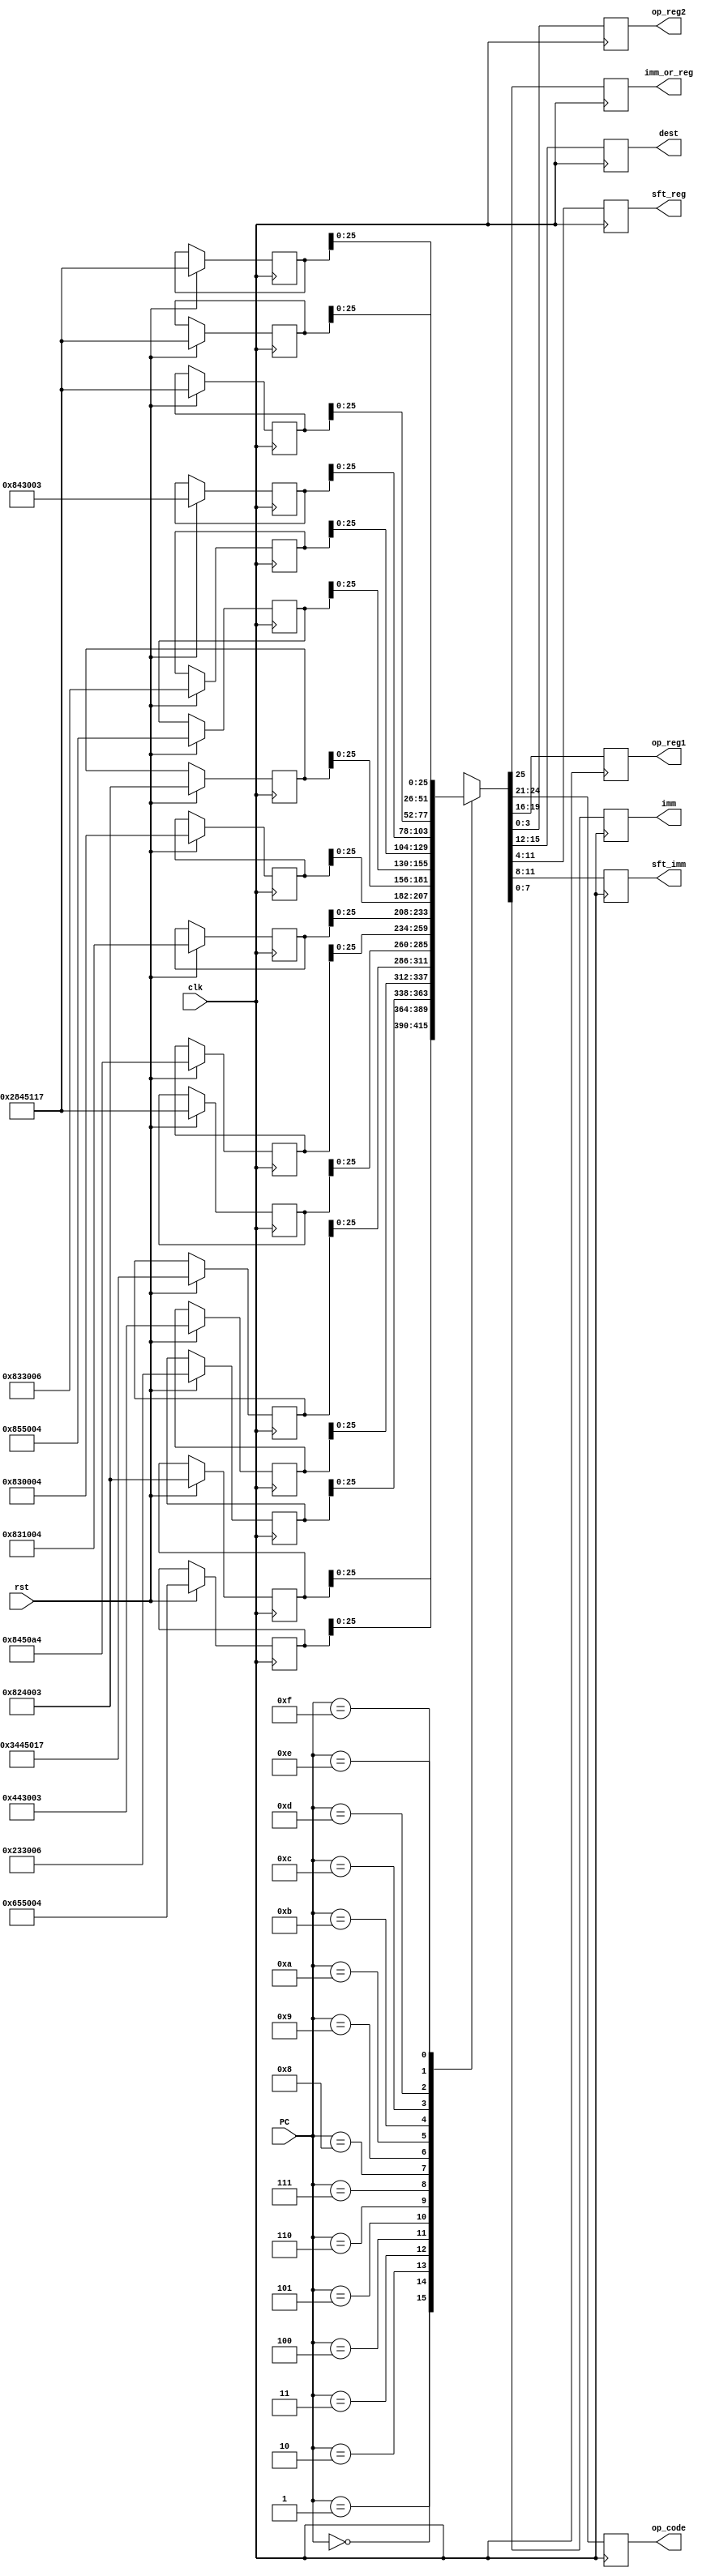
`timescale 1ns / 1ps
//////////////////////////////////////////////////////////////////////////////////
// Company: 
// Engineer: 
// 
// Design Name: 
// Module Name: if_decode
// Project Name: 
// Target Devices: 
// Tool Versions: 
// Description: 
// 
// Dependencies: 
// 
// Revision:
// Revision 0.01 - File Created
// Additional Comments:
// 
//////////////////////////////////////////////////////////////////////////////////


module if_decode(clk, rst, PC, op_code, dest, op_reg1, imm_or_reg, op_reg2, sft_reg, imm, sft_imm);

parameter memory_size = 4;
parameter word_size = 32;

input clk,rst;
input [3:0]PC;

reg [word_size-1:0]memory[15:0];


output reg imm_or_reg;
output reg [3:0]op_code,op_reg1,op_reg2,dest;
output reg [7:0]sft_reg;
output reg [3:0]sft_imm;
output reg [7:0]imm;

always @(posedge clk)
begin
    if(rst==1)
     begin
        memory[0] = 32'b0000_00_0_0100_0_0010_0100_00000000_0011;//Reg 2 + Reg 3 -> Reg 4 (32 + 48 = 80)
        memory[1] = 32'b0000_00_0_0011_0_0101_0101_00000000_0100;//Reg 5 - Reg 4 -> Reg 5 (80 - 80 = 0)
        memory[2] = 32'b0000_00_0_0001_0_0011_0011_00000000_0110;//Reg 6 ^ Reg 3 -> Reg 3 (80)
        memory[3] = 32'b0000_00_0_0010_0_0100_0011_00000000_0011;//Reg 3 - Reg 4 -> Reg 3(0)
        memory[4] = 32'b0000_00_1_1010_0_0100_0101_0000_00010111;//Imm + Reg 4 -> Reg 5 (85) Do not write
        memory[5] = 32'b0000_00_1_0100_0_0100_0101_0001_00010111;//Imm + Reg 4 -> Reg 5 (85) Write
        memory[6] = 32'b0000_00_0_0100_0_0100_0101_00001_010_0100;
        memory[7] = 32'b0000_00_0_0100_0_0011_0001_00000000_0100;
        memory[8] = 32'b0000_00_0_0100_0_0011_0000_00000000_0100;
        memory[9] = 32'b0000_00_0_0100_0_0010_0100_00000000_0011;
        memory[10] = 32'b0000_00_0_0100_0_0101_0101_00000000_0100;
        memory[11] = 32'b0000_00_0_0100_0_0011_0011_00000000_0110;
        memory[12] = 32'b0000_00_0_0100_0_0100_0011_00000000_0011;
        memory[13] = 32'b0000_00_1_0100_0_0100_0101_0001_00010111;
        memory[14] = 32'b0000_00_1_0100_0_0100_0101_0001_00010111;
        memory[15] = 32'b0000_00_1_0100_0_0100_0101_0001_00010111;
     end
end

always @(negedge clk)
begin 
    imm_or_reg = memory[PC][25];
    op_code = memory[PC][24:21];
    op_reg1 = memory[PC][19:16];
    dest = memory[PC][15:12];
    sft_reg = memory[PC][11:4];
    op_reg2 = memory[PC][3:0];
    sft_imm = memory[PC][11:8];
    imm = memory[PC][7:0];
end
endmodule